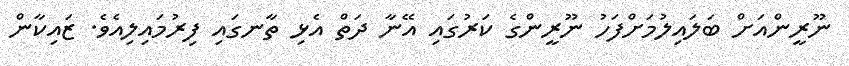
ނޫރީންއަށް ބަލައިލުމަށްފަހު ނޫރީންގެ ކަރުގައި އޭނާ ދަތް އެޅި ތާނގައި ފިރުމައިލިއެވެ. ޒައިކާން